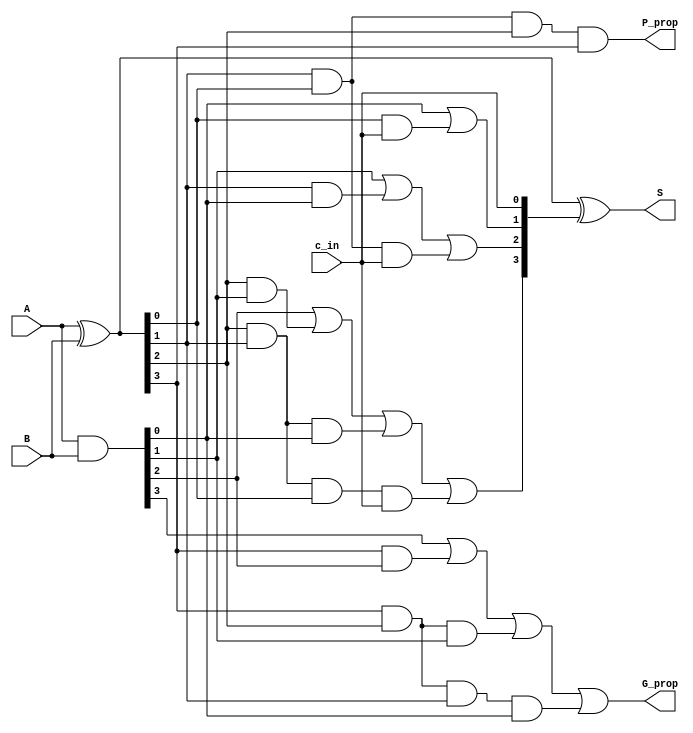
`timescale 1ns / 1ps
//////////////////////////////////////////////////////////////////////////////////
// Company: 
// Engineer: 
// 
// Design Name: 
// Module Name:    CLA_4bit_Augmented 
// Project Name: 
// Target Devices: 
// Tool versions: 
// Description: 
//
// Dependencies: 
//
// Revision: 
// Revision 0.01 - File Created
// Additional Comments: 
//
//////////////////////////////////////////////////////////////////////////////////
module CLA_4bit_Augmented(
    input [3:0] A,
    input [3:0] B,
    input c_in,
    output [3:0] S,
    output P_prop,
    output G_prop
);

/* Explaining the logic of Augmented Carry Look Ahead Adder
We define two variables G[3:0] (carry generate) and P[3:0] (carry propagate)
G[i] = A[i] & B[i] for i = 0 to 3
P[i] = A[i] ^ B[i] for i = 0 to 3
The output sum S[3:0] and carry output C[3:0] is defined as
C[0] = c_in
C[i+1] = G[i] | (P[i] & C[i]) for i = 0 to 2
S[i] = P[i] ^ C[i] for i = 0 to 3
We can expand this to get simplified equations 
C[0] = c_in
C[1] = G[0] | (P[0] & C[0]) = G[0] | (P[0] & c_in)
C[2] = G[1] | (P[1] & C[1]) = G[1] | (P[1] & G[0]) | (P[1] & P[0] & c_in)
C[3] = G[2] | (P[2] & C[2]) = G[2] | (P[2] & G[1]) | (P[2] & P[1] & G[0]) | (P[2] & P[1] & P[0] & c_in)
Now we calculate the block propoagate P_prop and generate G_prop
    P_prop = P[0] & P[1] & P[2] & P[3]
    G_prop = G[3] | (P[3] & C[3]) = G[3] | (P[3] & G[2]) | (P[3] & P[2] & G[1]) | (P[3] & P[2] & P[1] & G[0])
*/

    wire[3:0] G, P, C;

    //calculating G and P
    assign G = A & B;
    assign P = A ^ B;

    // calculating values of carry
    assign C[0] = c_in;
	 assign C[1] = G[0] | (P[0] & C[0]);
	 assign C[2] = G[1] | (P[1] & G[0]) | (P[1] & P[0] & C[0]);
	 assign C[3] = G[2] | (P[2] & G[1]) | (P[2] & P[1] & G[0]) | (P[2] & P[1] & P[0] & C[0]);
	
    // finally calculating sum
    assign S = P ^ C;

    // calculating the block propogate and generate propogate
    assign P_prop = P[0] & P[1] & P[2] & P[3];
    assign G_prop = G[3] | (P[3] & G[2]) | (P[3] & P[2] & G[1]) | (P[3] & P[2] & P[1] & G[0]);
endmodule